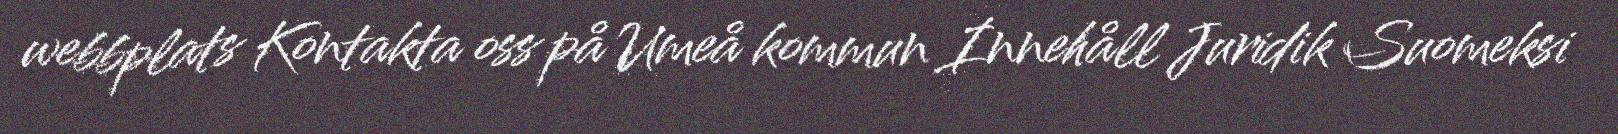
webbplats Kontakta oss på Umeå kommun Innehåll Juridik Suomeksi